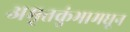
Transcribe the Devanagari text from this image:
अमृतकुंभामधून